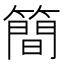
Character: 簡